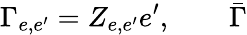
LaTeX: \Gamma_{e,e^{\prime}}=Z_{e,e^{\prime}}e^{\prime},\qquad\bar{\Gamma}